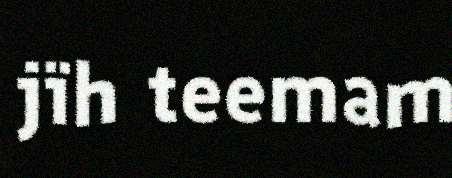
jïh teemam